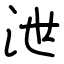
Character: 泄